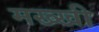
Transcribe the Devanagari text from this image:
मख्खी